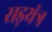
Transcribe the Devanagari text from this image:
सड़यंत्र